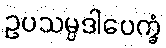
ဥပသမ္ပဒါပေက္ခံ